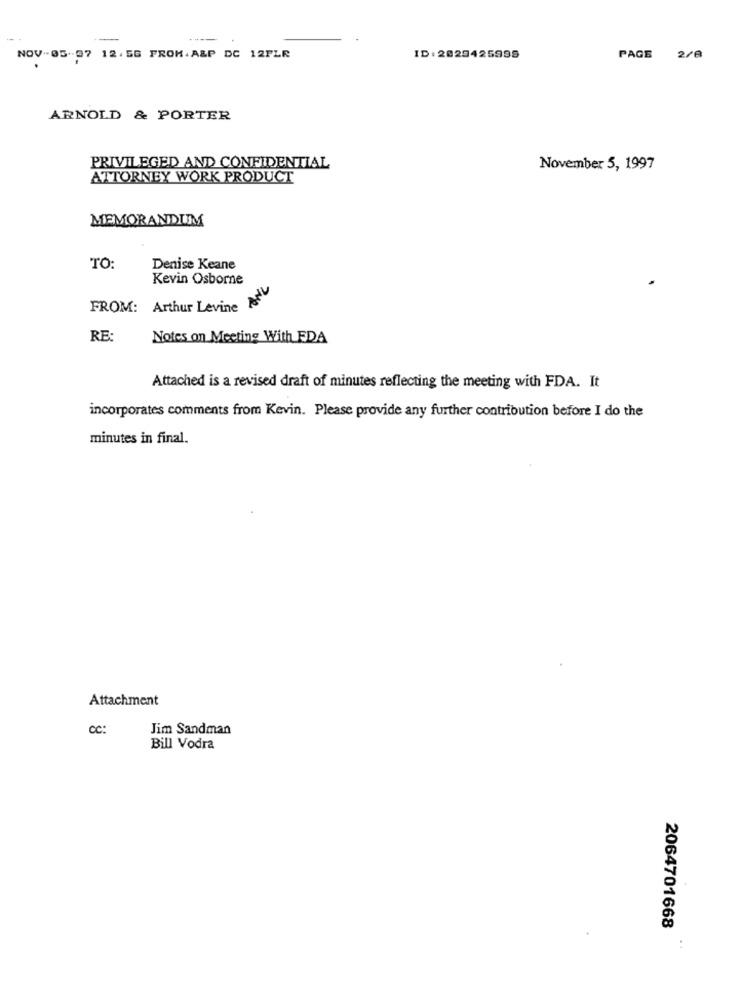
NOV-05-37 12. 5G FROM. A&P DC 12FLR
ID: 2829425995
PAGE
2/B
ARNOLD & PORTER
PRIVILEGED AND CONFIDENTIAL
November 5, 1997
ATTORNEY WORK PRODUCT
MEMORANDUM
TO:
Denise Keane
Kevin Osborne
FROM: Arthur Levine ANU
RE
Notes on Meeting With FDA
Attached is a revised draft of minutes reflecting the meeting with FDA. It
incorporates comments from Kevin. Please provide any further contribution before I do the
minutes in final.
Attachment
cc:
Jim Sandman
Bill Vodra
2064701668
: